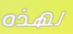
لهذه